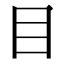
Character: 目